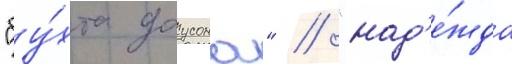
"бу́хта доусона" / "над'е́жда